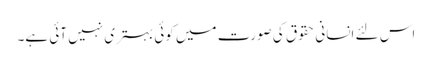
اس لئے انسانی حقوق کی صورت میں کوئی بہتری نہیں آئی ہے۔